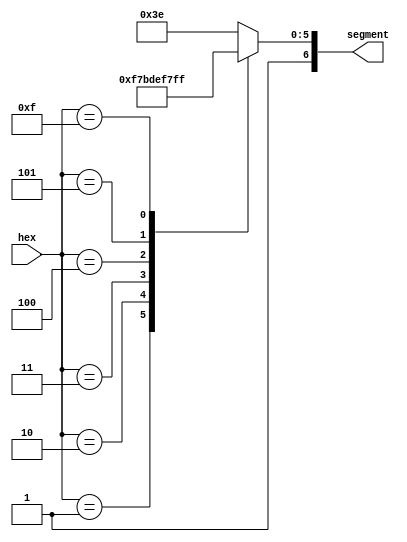
module hexTo7Segment(
    output [6:0] segment,
    input [3:0] hex
    );
    
    reg [6:0] segment;
    
    
// 7-segment encoding
//      0
//     ---
//  5 |   | 1
//     --- <--6
//  4 |   | 2
//     ---
//      3

   always @(hex)
      case (hex)
          4'b0001 : segment = 7'b1111101;   // 1
          4'b0010 : segment = 7'b1111011;   // 2
          4'b0011 : segment = 7'b1110111;   // 3
          4'b0100 : segment = 7'b1101111;   // 4
          4'b0101 : segment = 7'b1011111;   // 5
//          4'b0110 : segment = 7'b0000010;   // 6
//          4'b0111 : segment = 7'b1111000;   // 7
//          4'b1000 : segment = 7'b0000000;   // 8
//          4'b1001 : segment = 7'b0010000;   // 9
//          4'b1010 : segment = 7'b0001000;   // A
//          4'b1011 : segment = 7'b0000011;   // b
//          4'b1100 : segment = 7'b1000110;   // C
//          4'b1101 : segment = 7'b0100001;   // d
//          4'b1110 : segment = 7'b0000110;   // E
          4'b1111 : segment = 7'b1111111;   // F
          
          default : segment = 7'b1111110;   // 0
//          4'b0000 : segment = 7'b1111111;   // 0
      endcase
    
endmodule